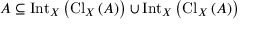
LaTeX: A \subseteq \operatorname { I n t } _ { X } \left( \operatorname { C l } _ { X } \left( A \right) \right) \cup \operatorname { I n t } _ { X } \left( \operatorname { C l } _ { X } \left( A \right) \right)